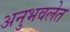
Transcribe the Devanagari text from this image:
अनुभवलेत